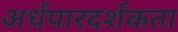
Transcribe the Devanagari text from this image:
अर्धपारदर्शकता